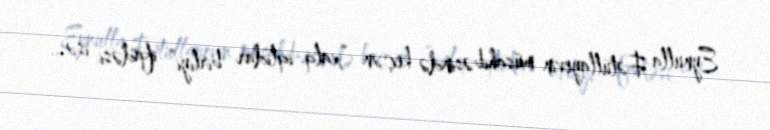
Eynulla Fətullayevin müsahibəsində keçən “xalq-iqtidar birliyi” ifadəsi isə…